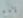
لامع